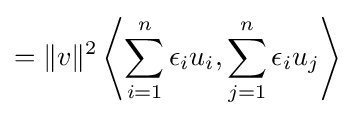
=\|v\|^{2}\left\langle \sum _{i=1}^{n}\epsilon _{i}u_{i},\sum _{j=1}^{n}\epsilon _{i}u_{j}\right\rangle